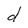
Character: d